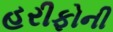
હરીફોની